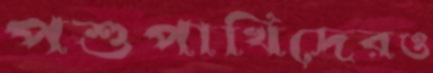
পশুপাখিদেরও